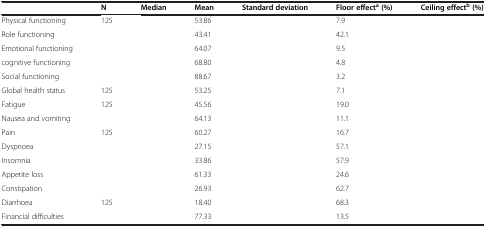
<table><thead><tr><td>[EMPTY_CELL]</td><td><b>N</b></td><td><b>Median</b></td><td><b>Mean</b></td><td><b>Standard deviation</b></td><td><b>Floor effect<sup>a </sup>(%)</b></td><td><b>Ceiling effect<sup>b </sup>(%)</b></td></tr></thead><tbody><tr><td>Physical functioning</td><td>125</td><td>[EMPTY_CELL]</td><td>53.86</td><td>[EMPTY_CELL]</td><td>7.9</td><td>[EMPTY_CELL]</td></tr><tr><td>Role functioning</td><td>[EMPTY_CELL]</td><td>[EMPTY_CELL]</td><td>43.41</td><td>[EMPTY_CELL]</td><td>42.1</td><td>[EMPTY_CELL]</td></tr><tr><td>Emotional functioning</td><td>[EMPTY_CELL]</td><td>[EMPTY_CELL]</td><td>64.07</td><td>[EMPTY_CELL]</td><td>9.5</td><td>[EMPTY_CELL]</td></tr><tr><td>cognitive functioning</td><td>[EMPTY_CELL]</td><td>[EMPTY_CELL]</td><td>68.80</td><td>[EMPTY_CELL]</td><td>4.8</td><td>[EMPTY_CELL]</td></tr><tr><td>Social functioning</td><td>[EMPTY_CELL]</td><td>[EMPTY_CELL]</td><td>88.67</td><td>[EMPTY_CELL]</td><td>3.2</td><td>[EMPTY_CELL]</td></tr><tr><td>Global health status</td><td>125</td><td>[EMPTY_CELL]</td><td>53.25</td><td>[EMPTY_CELL]</td><td>7.1</td><td>[EMPTY_CELL]</td></tr><tr><td>Fatigue</td><td>125</td><td>[EMPTY_CELL]</td><td>45.56</td><td>[EMPTY_CELL]</td><td>19.0</td><td>[EMPTY_CELL]</td></tr><tr><td>Nausea and vomiting</td><td>[EMPTY_CELL]</td><td>[EMPTY_CELL]</td><td>64.13</td><td>[EMPTY_CELL]</td><td>11.1</td><td>[EMPTY_CELL]</td></tr><tr><td>Pain</td><td>125</td><td>[EMPTY_CELL]</td><td>60.27</td><td>[EMPTY_CELL]</td><td>16.7</td><td>[EMPTY_CELL]</td></tr><tr><td>Dyspnoea</td><td>[EMPTY_CELL]</td><td>[EMPTY_CELL]</td><td>27.15</td><td>[EMPTY_CELL]</td><td>57.1</td><td>[EMPTY_CELL]</td></tr><tr><td>Insomnia</td><td>[EMPTY_CELL]</td><td>[EMPTY_CELL]</td><td>33.86</td><td>[EMPTY_CELL]</td><td>57.9</td><td>[EMPTY_CELL]</td></tr><tr><td>Appetite loss</td><td>[EMPTY_CELL]</td><td>[EMPTY_CELL]</td><td>61.33</td><td>[EMPTY_CELL]</td><td>24.6</td><td>[EMPTY_CELL]</td></tr><tr><td>Constipation</td><td>[EMPTY_CELL]</td><td>[EMPTY_CELL]</td><td>26.93</td><td>[EMPTY_CELL]</td><td>62.7</td><td>[EMPTY_CELL]</td></tr><tr><td>Diarrhoea</td><td>125</td><td>[EMPTY_CELL]</td><td>18.40</td><td>[EMPTY_CELL]</td><td>68.3</td><td>[EMPTY_CELL]</td></tr><tr><td>Financial difficulties</td><td>[EMPTY_CELL]</td><td>[EMPTY_CELL]</td><td>77.33</td><td>[EMPTY_CELL]</td><td>13.5</td><td>[EMPTY_CELL]</td></tr></tbody></table>